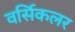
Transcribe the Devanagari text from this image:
वर्सिकलर